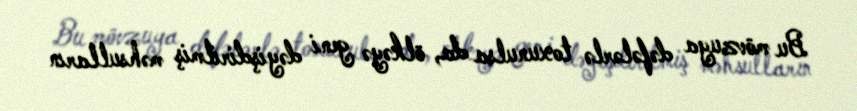
Bu mövzuya dəfələrlə toxunulsa da, ölkəyə geni dəyişdirilmiş məhsulların